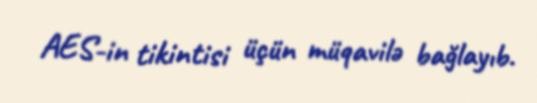
AES-in tikintisi üçün müqavilə bağlayıb.